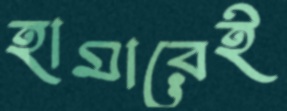
হামারেই